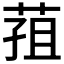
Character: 𮏢